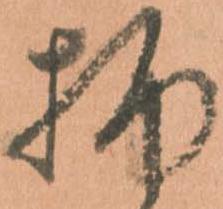
柄